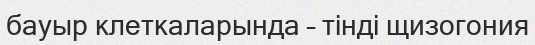
бауыр клеткаларында – тінді щизогония